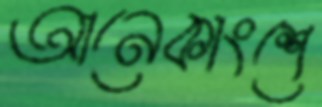
আনেকাংশে